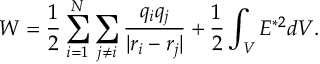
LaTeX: W = \frac { 1 } { 2 } \sum _ { i = 1 } ^ { N } \sum _ { j \neq i } \frac { q _ { i } q _ { j } } { \vert r _ { i } - r _ { j } \vert } + \frac { 1 } { 2 } \int _ { \cal V } E ^ { { \ast } 2 } d { \cal V } .